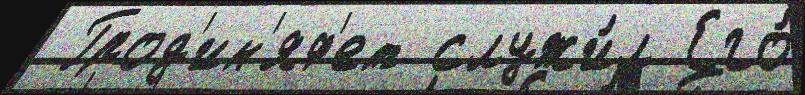
 Грод'ин'яф'ет служи́л Его́